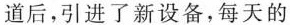
道后，引进了新设备，每天的